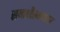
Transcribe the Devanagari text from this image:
समाधीस्थळावर